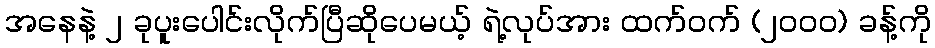
အနေနဲ့ ၂ ခုပူးပေါင်းလိုက်ပြီဆိုပေမယ့် ရဲ့လုပ်အား ထက်ဝက် (၂၀၀၀) ခန့်ကို